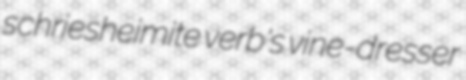
schriesheimite verb's vine-dresser